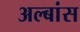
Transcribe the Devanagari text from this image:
अल्बांस